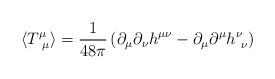
LaTeX: \begin{align*}\langle T^{\mu}_{\ \mu} \rangle = \frac{1}{48\pi}\left( \partial_{\mu}\partial_{\nu}h^{\mu\nu}-\partial_{\mu}\partial^{\mu}h^{\nu}_{\ \nu}\right)\end{align*}